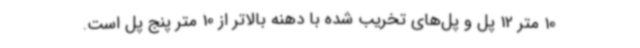
10 متر 12 پل و پل‌های تخریب شده با دهنه بالاتر از 10 متر پنج پل است.